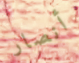
أنصار